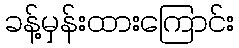
ခန့်မှန်းထားကြောင်း